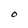
Character: O